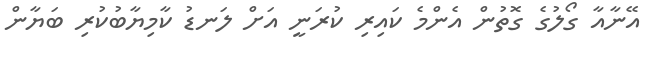
އޭނާއާ ގޯލުގެ ގޮތުން އެންމެ ކައިރި ކުރަނީ އަށް ލަނޑު ކާމިޔާބުކުރި ބަޔާން